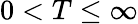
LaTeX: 0<T\leq\infty